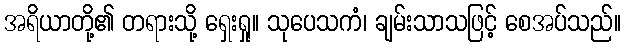
အရိယာတို့၏ တရားသို့ ရှေးရှု။ သုပေသကံ၊ ချမ်းသာသဖြင့် စေအပ်သည်။